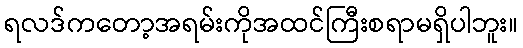
ရလဒ်ကတော့အရမ်းကိုအထင်ကြီးစရာမရှိပါဘူး။